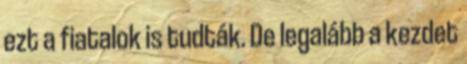
ezt a fiatalok is tudták. De legalább a kezdet